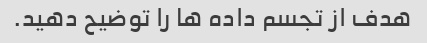
هدف از تجسم داده ها را توضیح دهید.